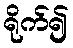
ရိုက်၍